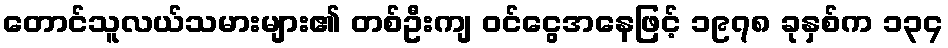
တောင်သူလယ်သမားများ၏ တစ်ဦးကျ ဝင်ငွေအနေဖြင့် ၁၉၇၈ ခုနှစ်က ၁၃၄